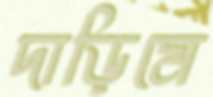
দাড়িমে